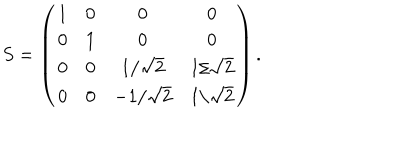
S = \left( \begin{matrix} { { 1 } } & { { 0 } } & { { 0 } } & { { 0 } } \\ { { 0 } } & { { 1 } } & { { 0 } } & { { 0 } } \\ { { 0 } } & { { 0 } } & { { 1 / \sqrt { 2 } } } & { { 1 / \sqrt { 2 } } } \\ { { 0 } } & { { 0 } } & { { - 1 / \sqrt { 2 } } } & { { 1 / \sqrt { 2 } } } \\ \end{matrix} \right) .